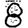
Digit: 8